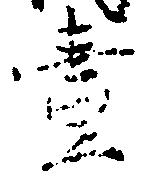
壱